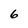
Character: 6